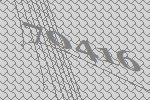
70416